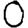
Digit: 0